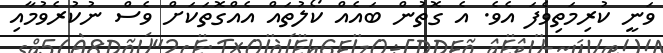
ވަނީ ކުރިމަތިވެފަ އެވެ. އެ ގޮތުން ބައެއް ކޯލުތައް އެއްގޮތަކަށް ވެސް ނުކުރެވުމާއި